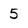
Character: 5